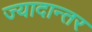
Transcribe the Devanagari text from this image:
ज्यादान्तर